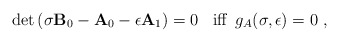
\begin{align*}\det\left( \sigma {\bf B}_0 - {\bf A}_0 - \epsilon {\bf A} _1 \right) =0\;\;\mbox{ iff $\, g_A(\sigma,\epsilon)=0$ },\end{align*}